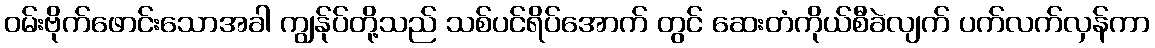
ဝမ်းဗိုက်ဖောင်းသောအခါ ကျွန်ုပ်တို့သည် သစ်ပင်ရိပ်အောက် တွင် ဆေးတံကိုယ်စီခဲလျက် ပက်လက်လှန်ကာ